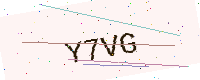
Text: Y7VG